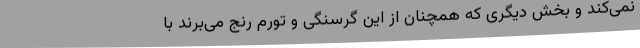
نمی‌کند و بخش دیگری که همچنان از این گرسنگی و تورم رنج می‌برند با